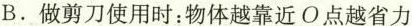
B.做剪刀使用时：物体越靠近O点越省力